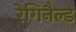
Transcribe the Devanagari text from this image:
रेगिनैल्ड